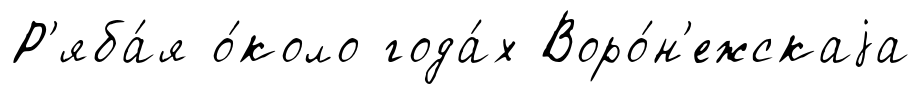
Р'яба́я о́коло года́х Воро́н'ежскаjа